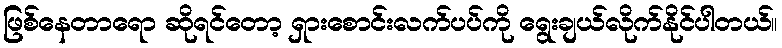
ဖြစ်နေတာရော ဆိုရင်တော့ ရှားစောင်းလက်ပပ်ကို ရွေးချယ်လိုက်နိုင်ပါတယ်။